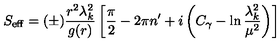
S _ { \mathrm { e f f } } = ( \pm ) { \frac { r ^ { 2 } \lambda _ { k } ^ { 2 } } { g ( r ) } } \left[ { \frac { \pi } { 2 } } - 2 \pi n ^ { \prime } + i \left( C _ { \gamma } - \ln { \frac { \lambda _ { k } ^ { 2 } } { \mu ^ { 2 } } } \right) \right]